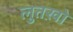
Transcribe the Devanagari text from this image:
लुतख़ो